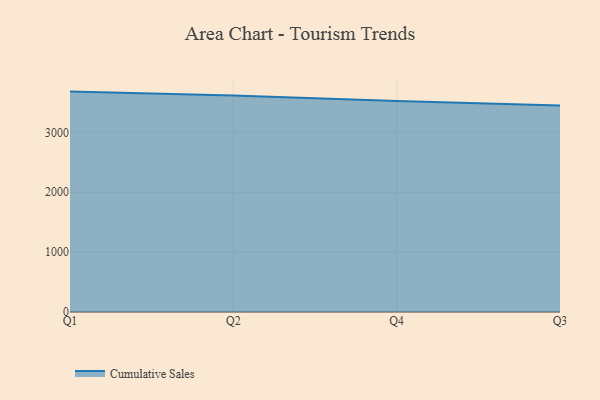
{"axis": {"x": "Quarter", "y": "Operating Costs (USD K)"}, "legend": ["Cumulative Sales"], "data": [{"x": "Q1", "y": 3681.2, "type": "Cumulative Sales"}, {"x": "Q2", "y": 3615.6, "type": "Cumulative Sales"}, {"x": "Q4", "y": 3525.5, "type": "Cumulative Sales"}, {"x": "Q3", "y": 3449.8, "type": "Cumulative Sales"}]}